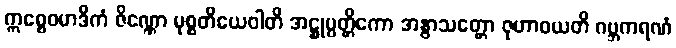
ဣစ္စေဝမာဒိကံ ဇိဏ္ဏော မုစ္စတိယေဝါတိ အဋ္ဌုပ္ပတ္တိကော အနွာသတ္တော ဇုဟာဝယတိ ဂဗ္ဘကရဏံ